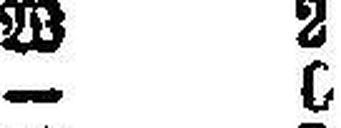
— 0